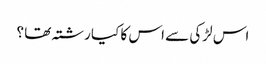
اس لڑکی سے اس کا کیا رشتہ تھا ؟